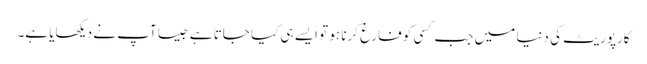
کارپوریٹ کی دنیا میں جب کسی کو فارغ کرنا ہو تو ایسے ہی کیا جاتا ہے جیسا آپ نے دیکھایا ہے۔